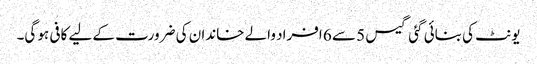
یونٹ کی بنائی گئی گیس 5 سے 6 افراد والے خاندان کی ضرورت کے لیے کافی ہو گی۔